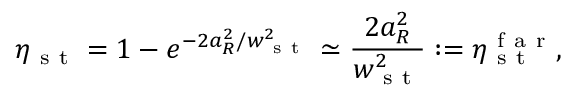
\eta _ { \mathrm { ~ s ~ t ~ } } = 1 - e ^ { - 2 a _ { R } ^ { 2 } / w _ { \mathrm { ~ s ~ t ~ } } ^ { 2 } } \simeq \frac { 2 a _ { R } ^ { 2 } } { w _ { \mathrm { ~ s ~ t ~ } } ^ { 2 } } : = \eta _ { \mathrm { ~ s ~ t ~ } } ^ { \mathrm { ~ f ~ a ~ r ~ } } ,